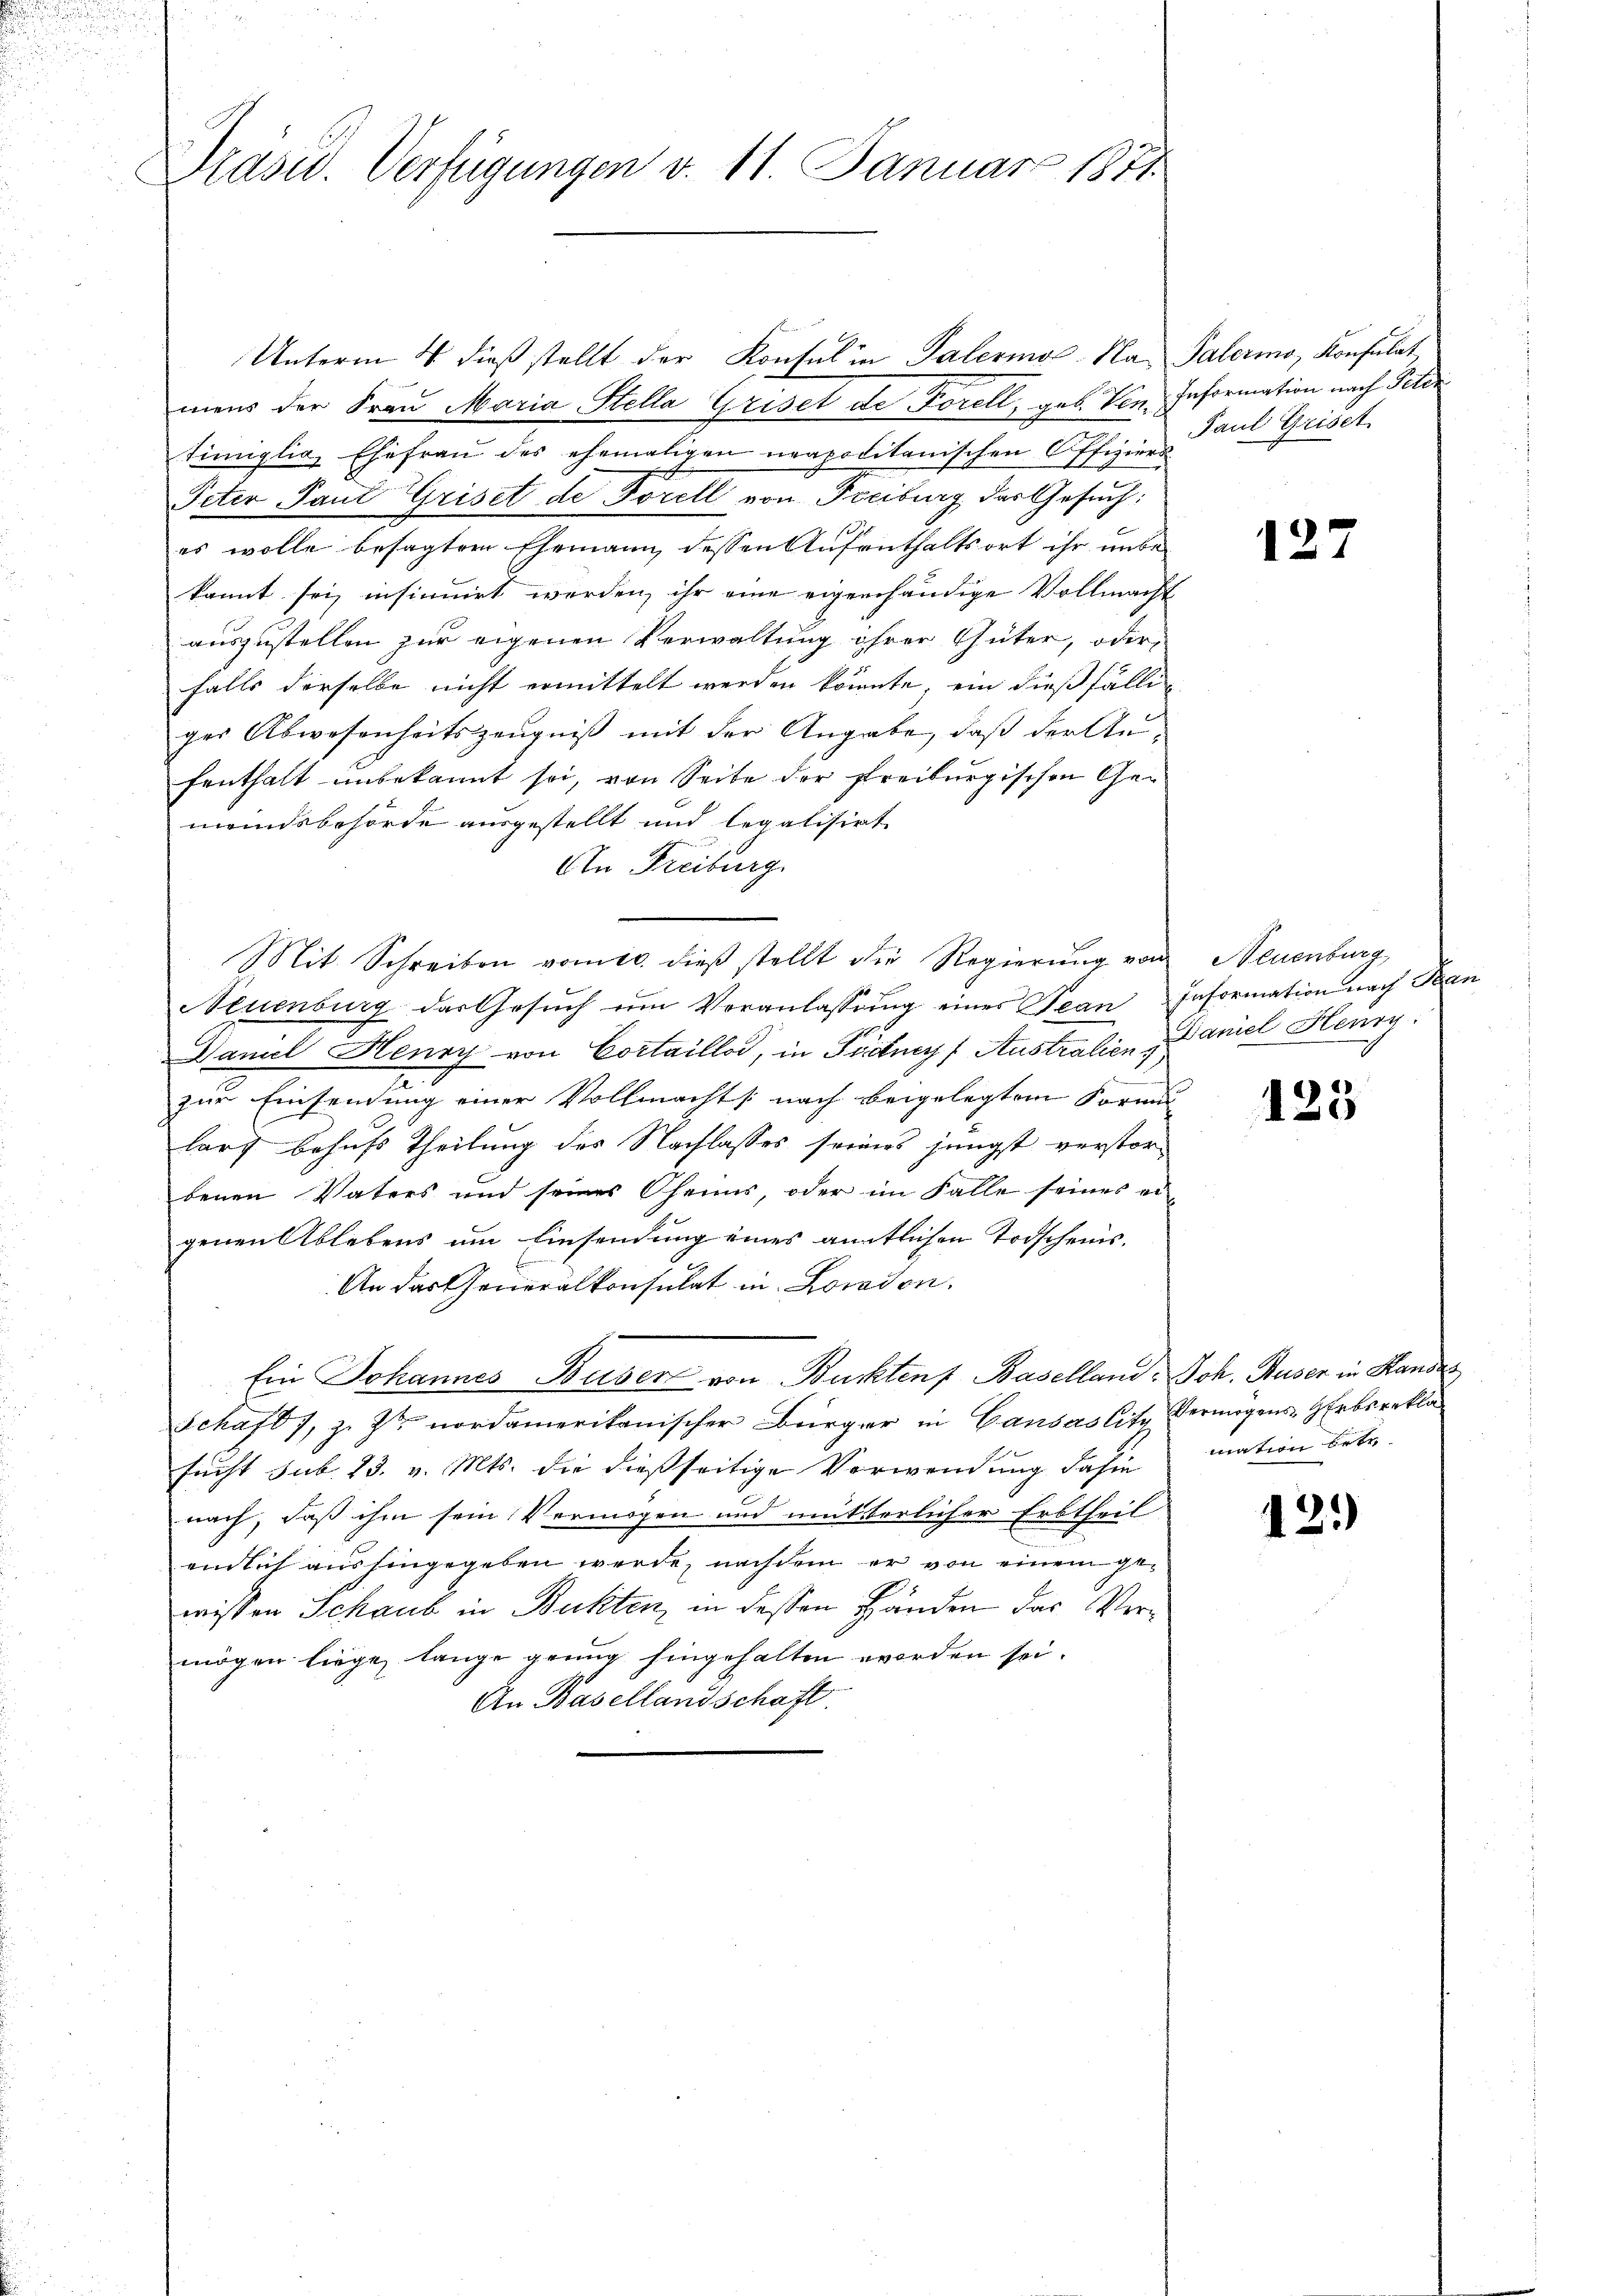
u
u

Präsid. Verfügungen v. 11. Januar 1881.

Unterm 4. dieß stellt der Konsul in Palermal-Na Palermo, Konsulat
mens der Frau Maria Stella Griset de Forell, geb. Ven. Information nach Peter
timiglia, Ehefrau des ehemaligen neapolitanischen Offiziers
Peter Paul Griset de Forell von Freiburg der Gesuch:
es wolle besagtem Ehemann dessen Aufenthaltsort ihr unbe-
kannt sei, insinuirt werden, ihr eine eigenhändige Vollmacht
auszustellen zur eigenen Verwaltung ihrer Güter, oder
falls derselbe nicht ermittelt werden könnte, ein dießfälliger Abwesenheitszeugniß mit der Angabe, daß der Au-
fenthalt unbekannt sei, von Seite der freiburgischen Gemeindsbehörde ausgestellt und legalisirt
An Freiburg
Mit Schreiben vom 10. dieβ stellt die Regierŭng von Neuenburg
Neuenburg das Gesŭch ŭm Veranlassŭng eines Tean Information nach 2.
Daniel Henry von Cortaillod, in Fidney Australien Daniel Henry
zur Einsendung einer Vollmachts nach beigelegten Formu
larg behufs Theilung des Nachlasses seines jüngst verstorbenen Vaters und seines Oheims, oder im Falle seines ergenen Ablebens um Einsendung eines amtlichen Todscheins¬
An das Generalkonsulat in Locadon.
Ein Johannes Buser von Buktens Baselland. Joh. Ruser in Handes
Schaft 1, z. Ztr nordamerikanischer Bürger in Gansaslitz, Vermögens- Erbsrekla
sucht sub. 23. v. Mts. die dießseitige Verwendung dahin
nach, daß ihm sein Vermögen und mütterlicher Erbtheil
endlich aushingegeben werde, nachdem er von einem gewissen Schaub in Buchten, in dessen Händen das Vermögen liege, lange genug hingehalten worden sei.
An Basellandschaft.

Paul Griset

127

123

22

mation betr.

12.)